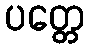
ပတ္တေ